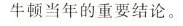
牛顿当年的重要结论。